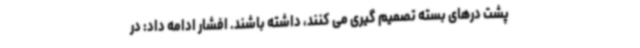
پشت درهای بسته تصمیم گیری می کنند، داشته باشند. افشار ادامه داد: در